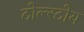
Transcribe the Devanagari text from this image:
टोल्स्टोय